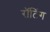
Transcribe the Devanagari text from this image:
रॉटिंग